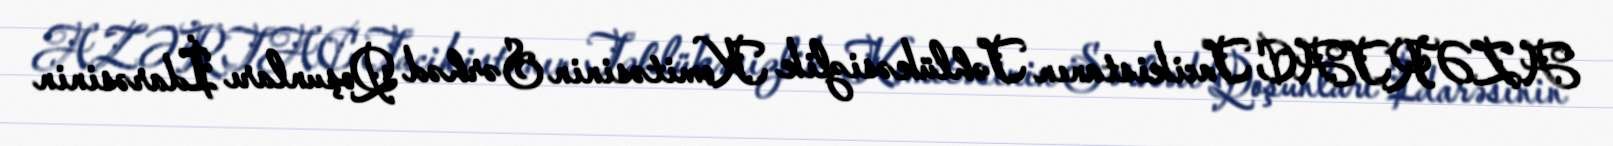
AZƏRTAC Tacikistanın Təhlükəsizlik Komitəsinin Sərhəd Qoşunları İdarəsinin